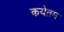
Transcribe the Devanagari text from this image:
कयेतम